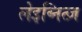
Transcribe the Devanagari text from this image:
लेइब्नित्ज़